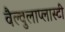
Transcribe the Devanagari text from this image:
वैल्वुलाप्लास्टी